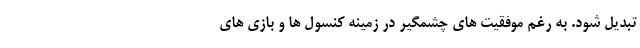
تبدیل شود. به رغم موفقیت های چشمگیر در زمینه کنسول ها و بازی های